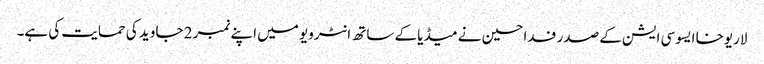
لاریوخا ایسوسی ایشن کے صدر فدا حسین نے میڈیا کے ساتھ انٹرویو میں اپنے نمبر 2 جاوید کی حمایت کی ہے۔